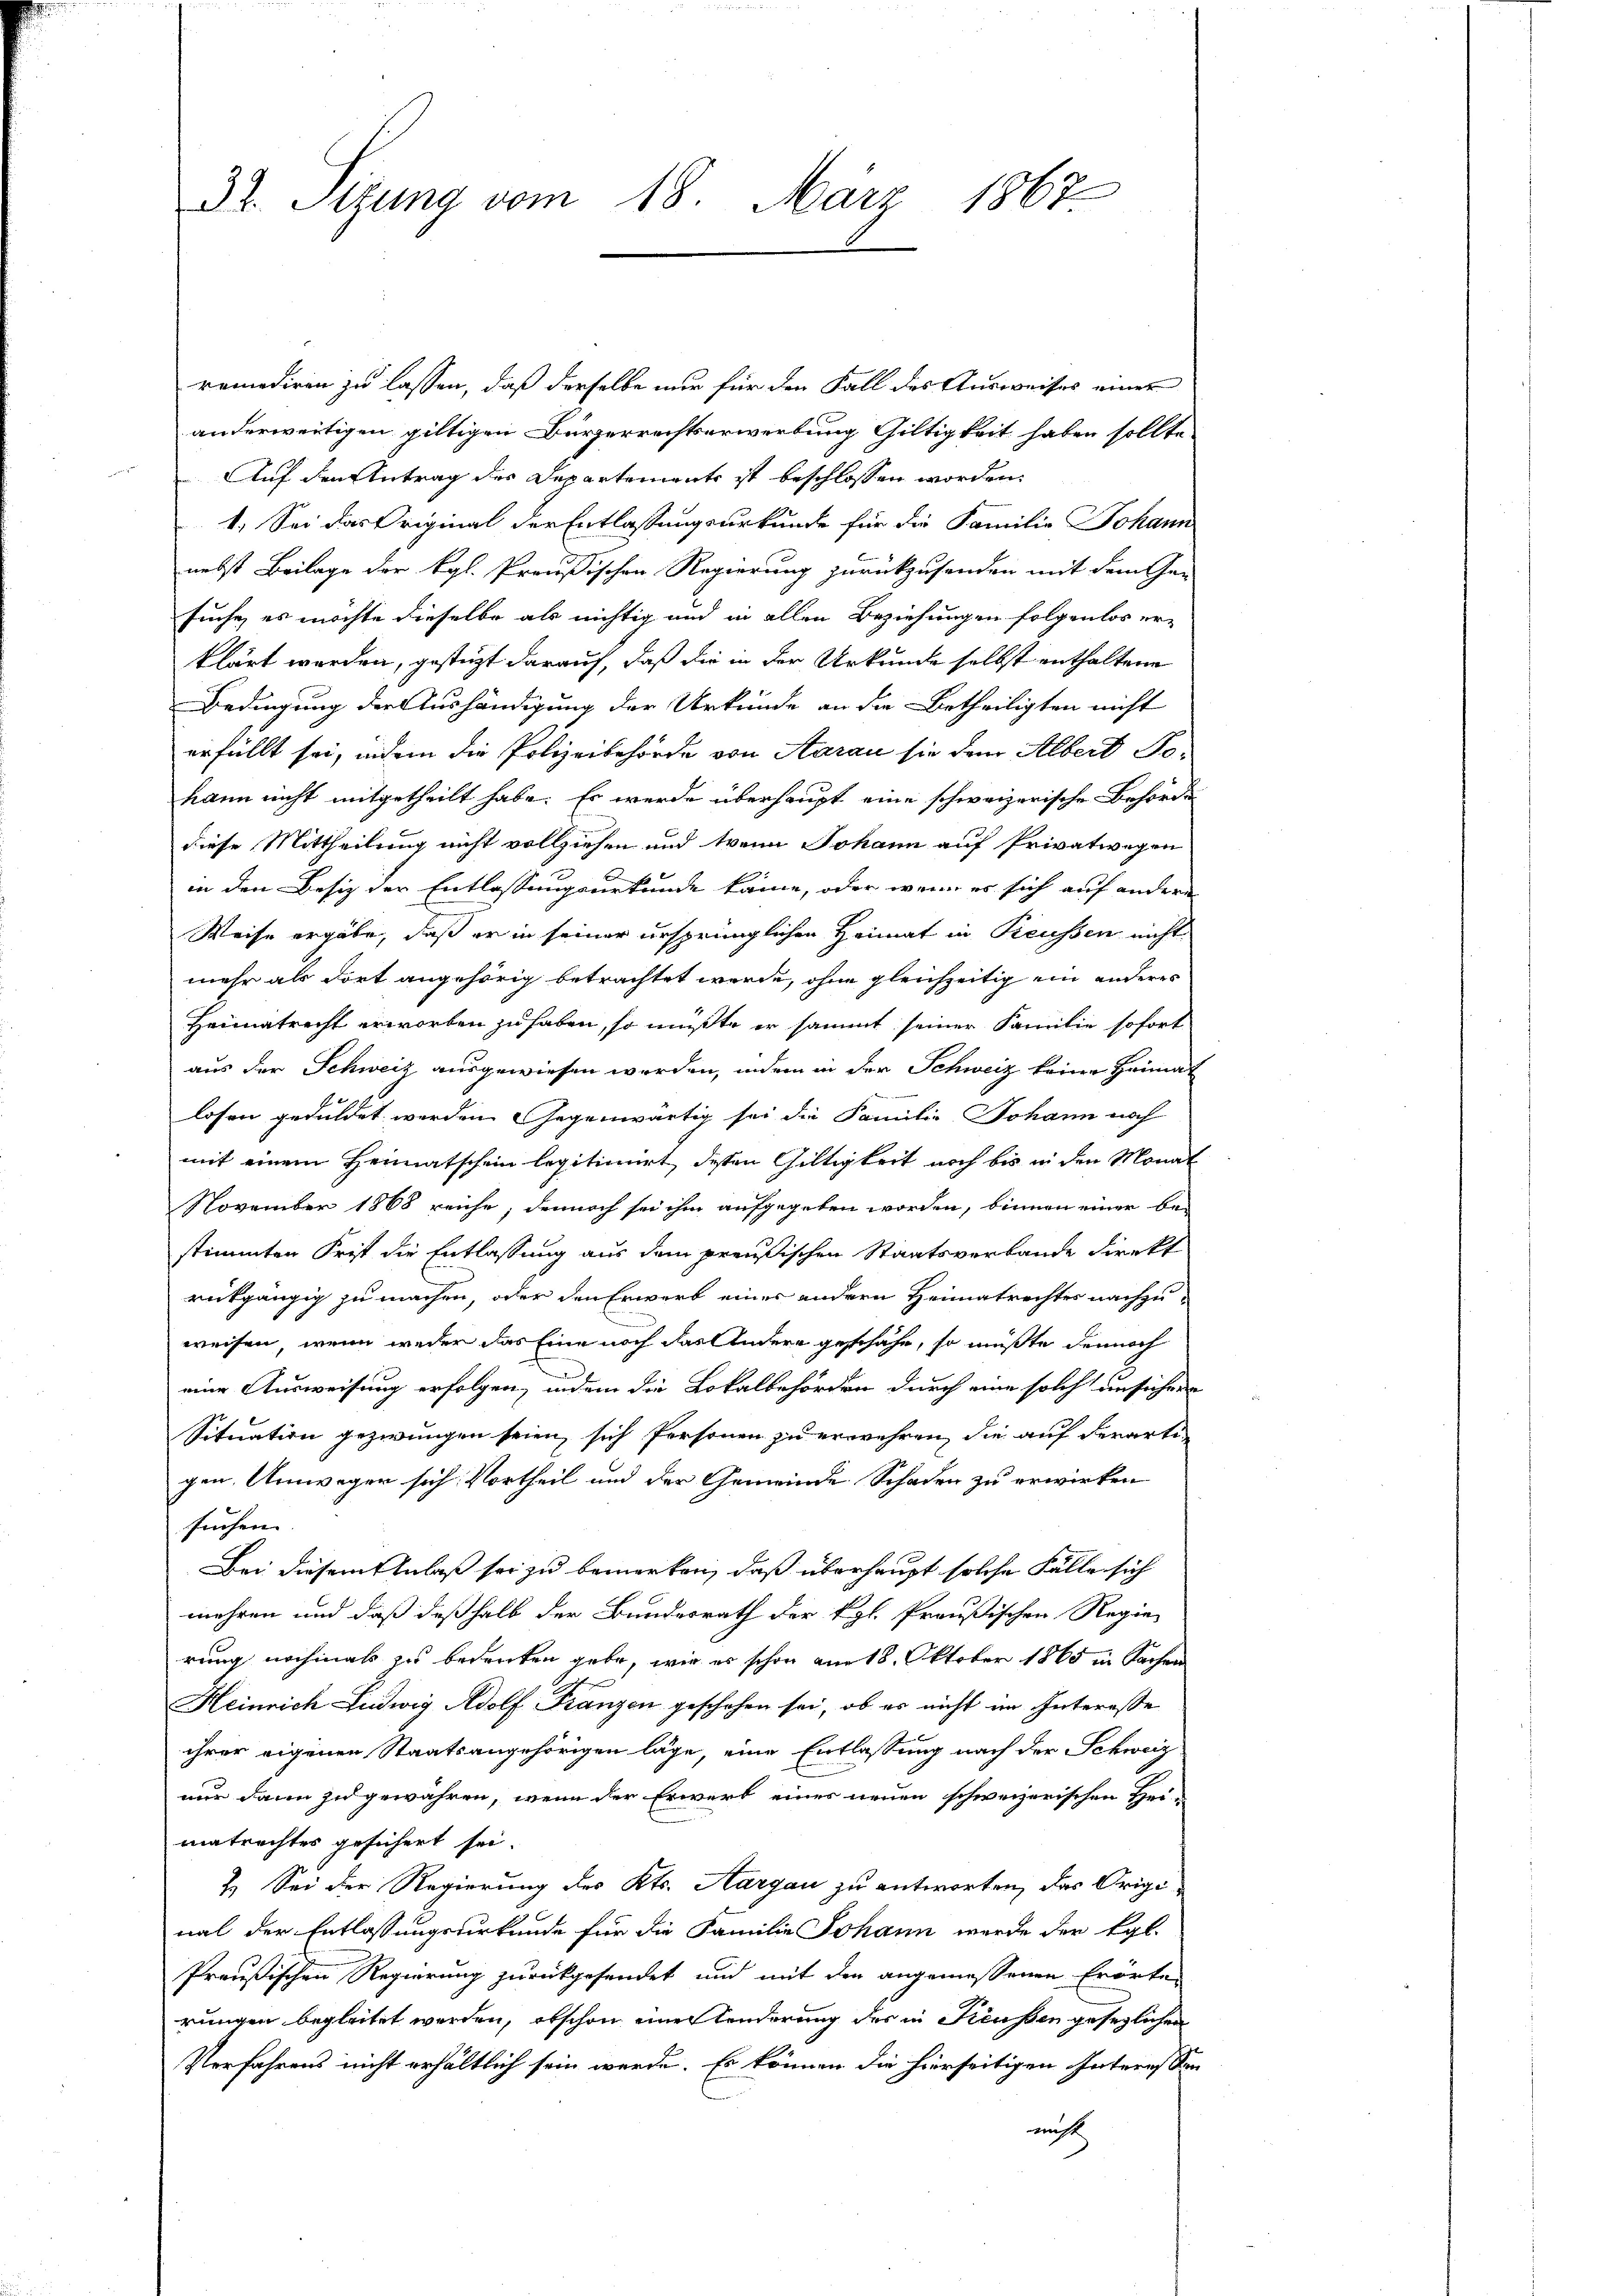
Dr. Sitzung vom 18. März 1867

remediren zu lassen, daß derselbe nur für den Fall des Ausweises einer
anderweitigen giltigen Bürgerrechtserwerbung Giltigkeit haben sollte.

Auf den Antrag des Departements ist beschlossen worden.
1. Sei das Original der Entlassungsurkunde für die Familie Johann
nebst Beilage der Kgl. Preußischen Regierung zurückzusenden mit dem Ge-
suche, es möchte dieselbe als nichtig und in allen Beziehungen folgenlos er-
klärt werden, gestüzt darauf, daß die in der Urkunde selbst enthaltene
Bedingung der Aushändigung der Urkunde an die Betheiligten nicht
erfüllt sei, indem die Polizeibehörde von Aarau sie dem Albert Tokann nicht mitgetheilt habe. Es werde überhaupt eine schweizerische Behörde
diese Mittheilung nicht vollziehen und wenn Johann auf Privatwegen
in den Besiz der Entlassungsurkunde käme, oder wenn es sich auf andern
Weise ergäbe, daß er in seiner ursprünglichen Heimat in Preussen nicht
mehr als dort angehörig betrachtet werde, ohne gleichzeitig ein anderes
Heimatrecht erworben zu haben, so müßte er sammt seiner Familie sofort
aus der Schweiz, ausgewiesen werden, indem in der Schweiz keine Heimat
losen geduldet werden Gegenwärtig sei die Familie Johann noch
mit einem Heimatschein legitimirt, dessen Gültigkeit noch bis in den Monat
November 1868 reiche; dennoch sei ihm aufgegeben worden, binnen einer be-
stimmten Frist die Entlassung aus dem preußischen Staatsverbande direkt
rückgängig zu machen, oder den Erwarb einer andern Heimatrechtes nachzuweisen, wenn weder das Eine noch das Andere geschähe, so müßte dennoch
eine Ausweisung erfolgen, indem die Lokalbehörden durch eine solch unsichten
Situation gezwungen seien, sich Personen zu erwehren, die auf derarte
gen. Umweger sich Vortheil und der Gemeinde Schaden zu erwirken
suchen |
Bei diesem Anlaß sei zu bemerken, daß überhaupt solche Fälle sich
mehren und daß deßhalb der Bundesrath der Kgl. Preußischen Regierung nochmal zu bedenken gebe, wie es schon am 18. Oktober 1865 in Sachen
Heinrich Ludwig Adolf Franzen geschehen sei, ob er nicht im Interesse
ihrer eigenen Staatsangehörigen läge, eine Entlassung nach der Schweiz
nur dann zu gewähren, wenn der Erwerb eines neuen schweizerischen Hei-
matrechtes gesichert sei.
1. Sei der Regierung des Kts. Aargau zu antworten, das Original der Entlassungsurkunde für die Familie Johann werde der Egl.
Preußischen Regierung zurückgesendet und mit den angemessenen Erörte
rungen begleitet werden, obschon einer Kinderung des in Keussen gesezlichen
Verfahrens nicht erhältlich sein werde. Es können die hierseitigen Interessen
nicht